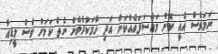
ނަމަވެސް އެއީ ކޮން މައްސަލައެއްކަން އަދި ހާމަކުރެވެން ނެތް ކަމަށް ވެސް މީޑިއާ